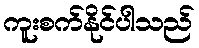
ကူးစက်နိုင်ပါသည်